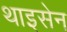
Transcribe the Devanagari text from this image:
थाइसेन